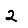
Digit: 2